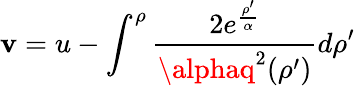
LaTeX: \mathbf{v}=u-\int_{}^{\rho}{\frac{{2e^{\frac{{\rho^{\prime}}}{{\alpha}}}}}{{\alphaq^{2}(\rho^{\prime})}}}d\rho^{\prime}